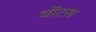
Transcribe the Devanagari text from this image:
वॉटस